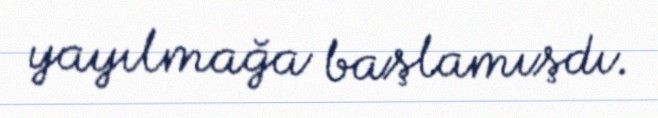
yayılmağa başlamışdı.